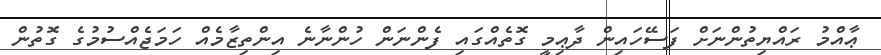
ޢާއްމު ރައްޔިތުންނަށް ފަސޭހައިން ދާޢިމީ ގޮތެއްގައި ފެންނަން ހުންނާނެ އިންތިޒާމެއް ހަމަޖެއްސުމުގެ ގޮތުން